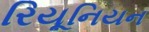
રિયૂનિયન